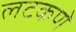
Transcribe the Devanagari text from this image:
लटकणे